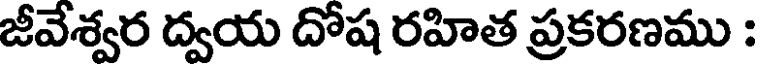
జీవేశ్వర ద్వయ దోష రహిత ప్రకరణము :